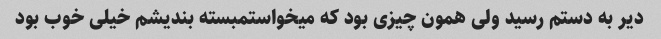
دیر به دستم رسید ولی همون چیزی بود که میخواستمبسته بندیشم خیلی خوب بود